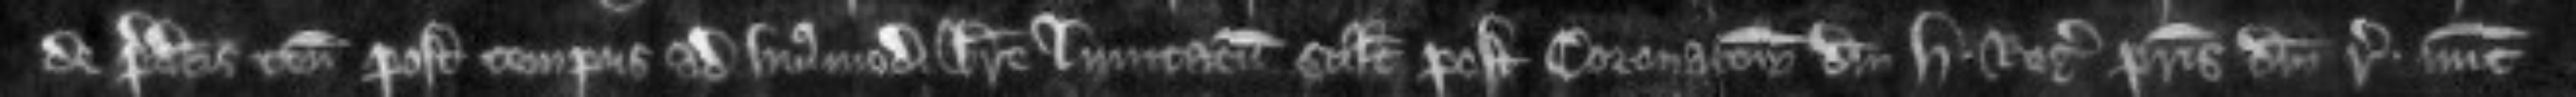
de predictis tenementis post tempus ad hujusmodi breve limitatum scilicet post Coronacionem domini Henrici regis patris domini regis nunc